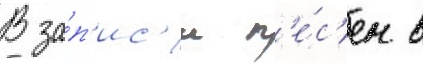
В за́п'ис'и п'е́с'ен в